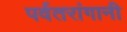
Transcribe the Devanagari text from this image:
पर्वतरांगानी